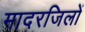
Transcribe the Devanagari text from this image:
मादरजिलों